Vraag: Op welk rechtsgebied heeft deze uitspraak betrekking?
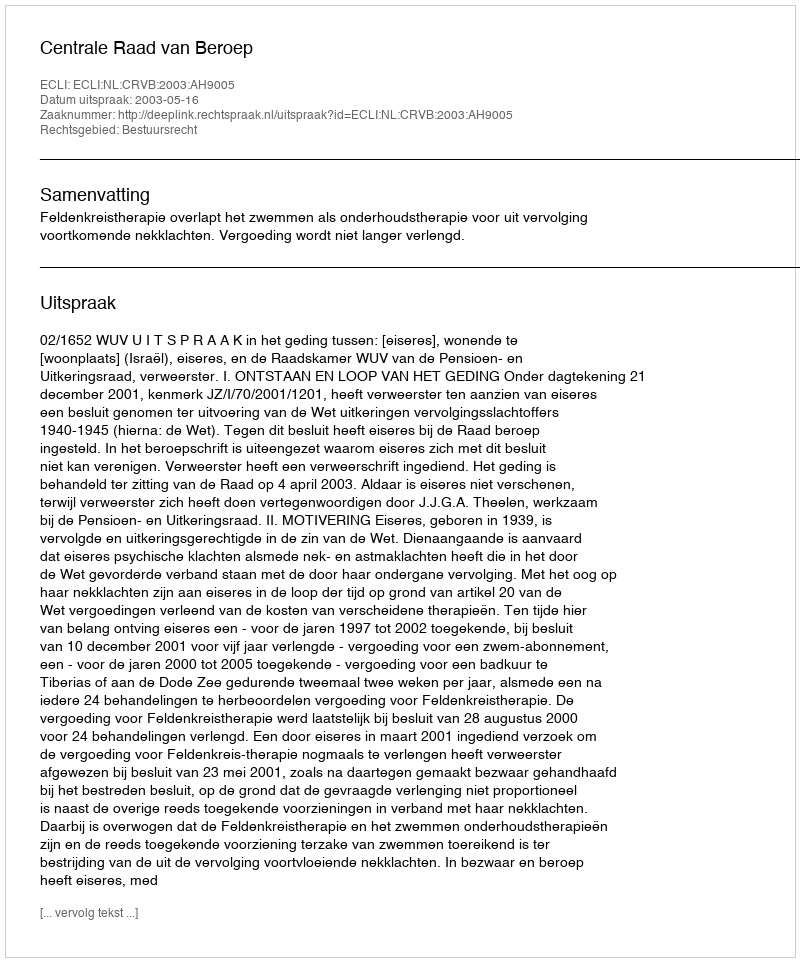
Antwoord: Bestuursrecht